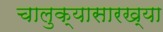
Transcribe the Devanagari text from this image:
चालुक्यासारख्या